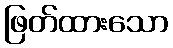
ဖြတ်ထားသော